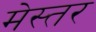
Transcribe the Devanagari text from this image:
मेस्तर